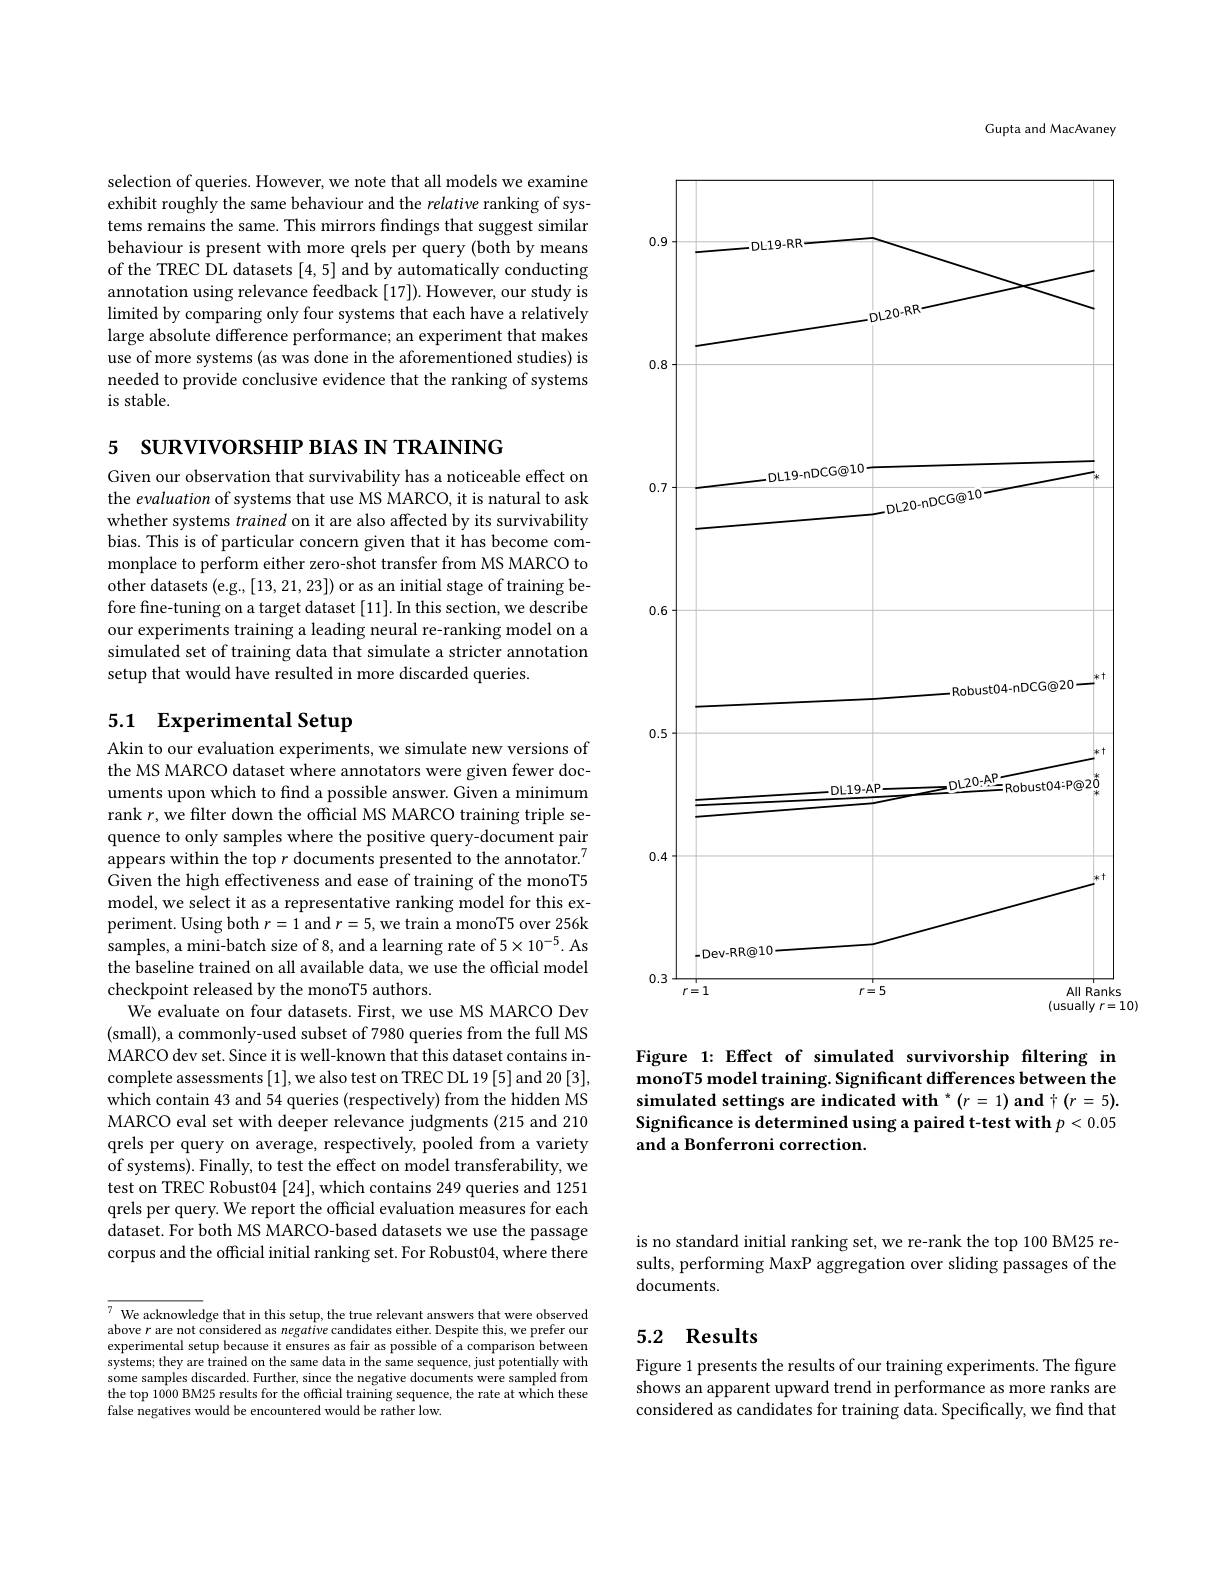
selection of queries. However, we note that all models we examine exhibit roughly the same behaviour and the relative ranking of systems remains the same. This mirrors findings that suggest similar behaviour is present with more qrels per query (both by means of the TREC DL datasets [4,5] and by automatically conducting annotation using relevance feedback [17]). However, our study is limited by comparing only four systems that each have a relatively large absolute difference performance; an experiment that makes use of more systems (as was done in the aforementioned studies) is needed to provide conclusive evidence that the ranking of systems is stable.

5 SURVIVORSHIP BIAS IN TRAINING

Given our observation that survivability has a noticeable effect on the evaluation of systems that use MS MARCO, it is natural to ask whether systems trained on it are also affected by its survivability bias. This is of particular concern given that it has become commonplace to perform either zero-shot transfer from MS MARCO to other datasets (e.g., [13, 21, 23]) or as an initial stage of training before fine-tuning on a target dataset [11]. In this section, we describe our experiments training a leading neural re-ranking model on a simulated set of training data that simulate a stricter annotation setup that would have resulted in more discarded queries.

# 5.1 Experimental Setup

Akin to our evaluation experiments, we simulate new versions of the MS MARCO dataset where annotators were given fewer documents upon which to find a possible answer. Given a minimum rank $r$, we filter down the official MS MARCO training triple sequence to only samples where the positive query-document pair appears within the top $r$ documents presented to the annotator.$^{7}$ Given the high effectiveness and ease of training of the monoT5 model, we select it as a representative ranking model for this experiment. Using both $r=1$ and $r=5$, we train a monoT5 over 256k samples, a mini-batch size of 8, and a learning rate of 5$\times10^{-5}.$ As the baseline trained on all available data, we use the official model checkpoint released by the monoT5 authors.
We evaluate on four datasets. First, we use MS MARCO Dev (small), a commonly-used subset of 7980 queries from the full MS MARCO dev set. Since it is well-known that this dataset contains incomplete assessments [1], we also test on TREC DL 19 [5] and 20 [3], which contain 43 and 54 queries (respectively) from the hidden MS MARCO eval set with deeper relevance judgments (215 and 210 qrels per query on average, respectively, pooled from a variety of systems). Finally, to test the effect on model transferability, we test on TREC Robust04 [24], which contains 249 queries and 1251 qrels per query. We report the official evaluation measures for each dataset. For both MS MARCO-based datasets we use the passage corpus and the official initial ranking set. For Robust04, where there

$^{7}$ We acknowledge that in this setup, the true relevant answers that were observed above $r$ are not considered as negative candidates either. Despite this, we prefer our experimental setup because it ensures as fair as possible of a comparison between systems; they are trained on the same data in the same sequence, just potentially with some samples discarded. Further, since the negative documents were sampled from the top 1000 BM25 results for the offcial training sequence, the rate at which these false negatives would be encountered would be rather low.

Gupta and MacAvaney

<FigureHere>

Figure 1: Effect of simulated survivorship filtering in monoT5 model training. Significant differences between the simulated settings are indicated with * $( r= 1) \textbf{and}\uparrow ( r= 5) .$ Significance is determined using a paired t-test with $p<0.05$ and a Bonferroni correction.

is no standard initial ranking set, we re-rank the top 100 BM25 results, performing MaxP aggregation over sliding passages of the documents.

## 5.2 Results

Figure 1 presents the results of our training experiments. The figure shows an apparent upward trend in performance as more ranks are considered as candidates for training data. Specifically, we find that